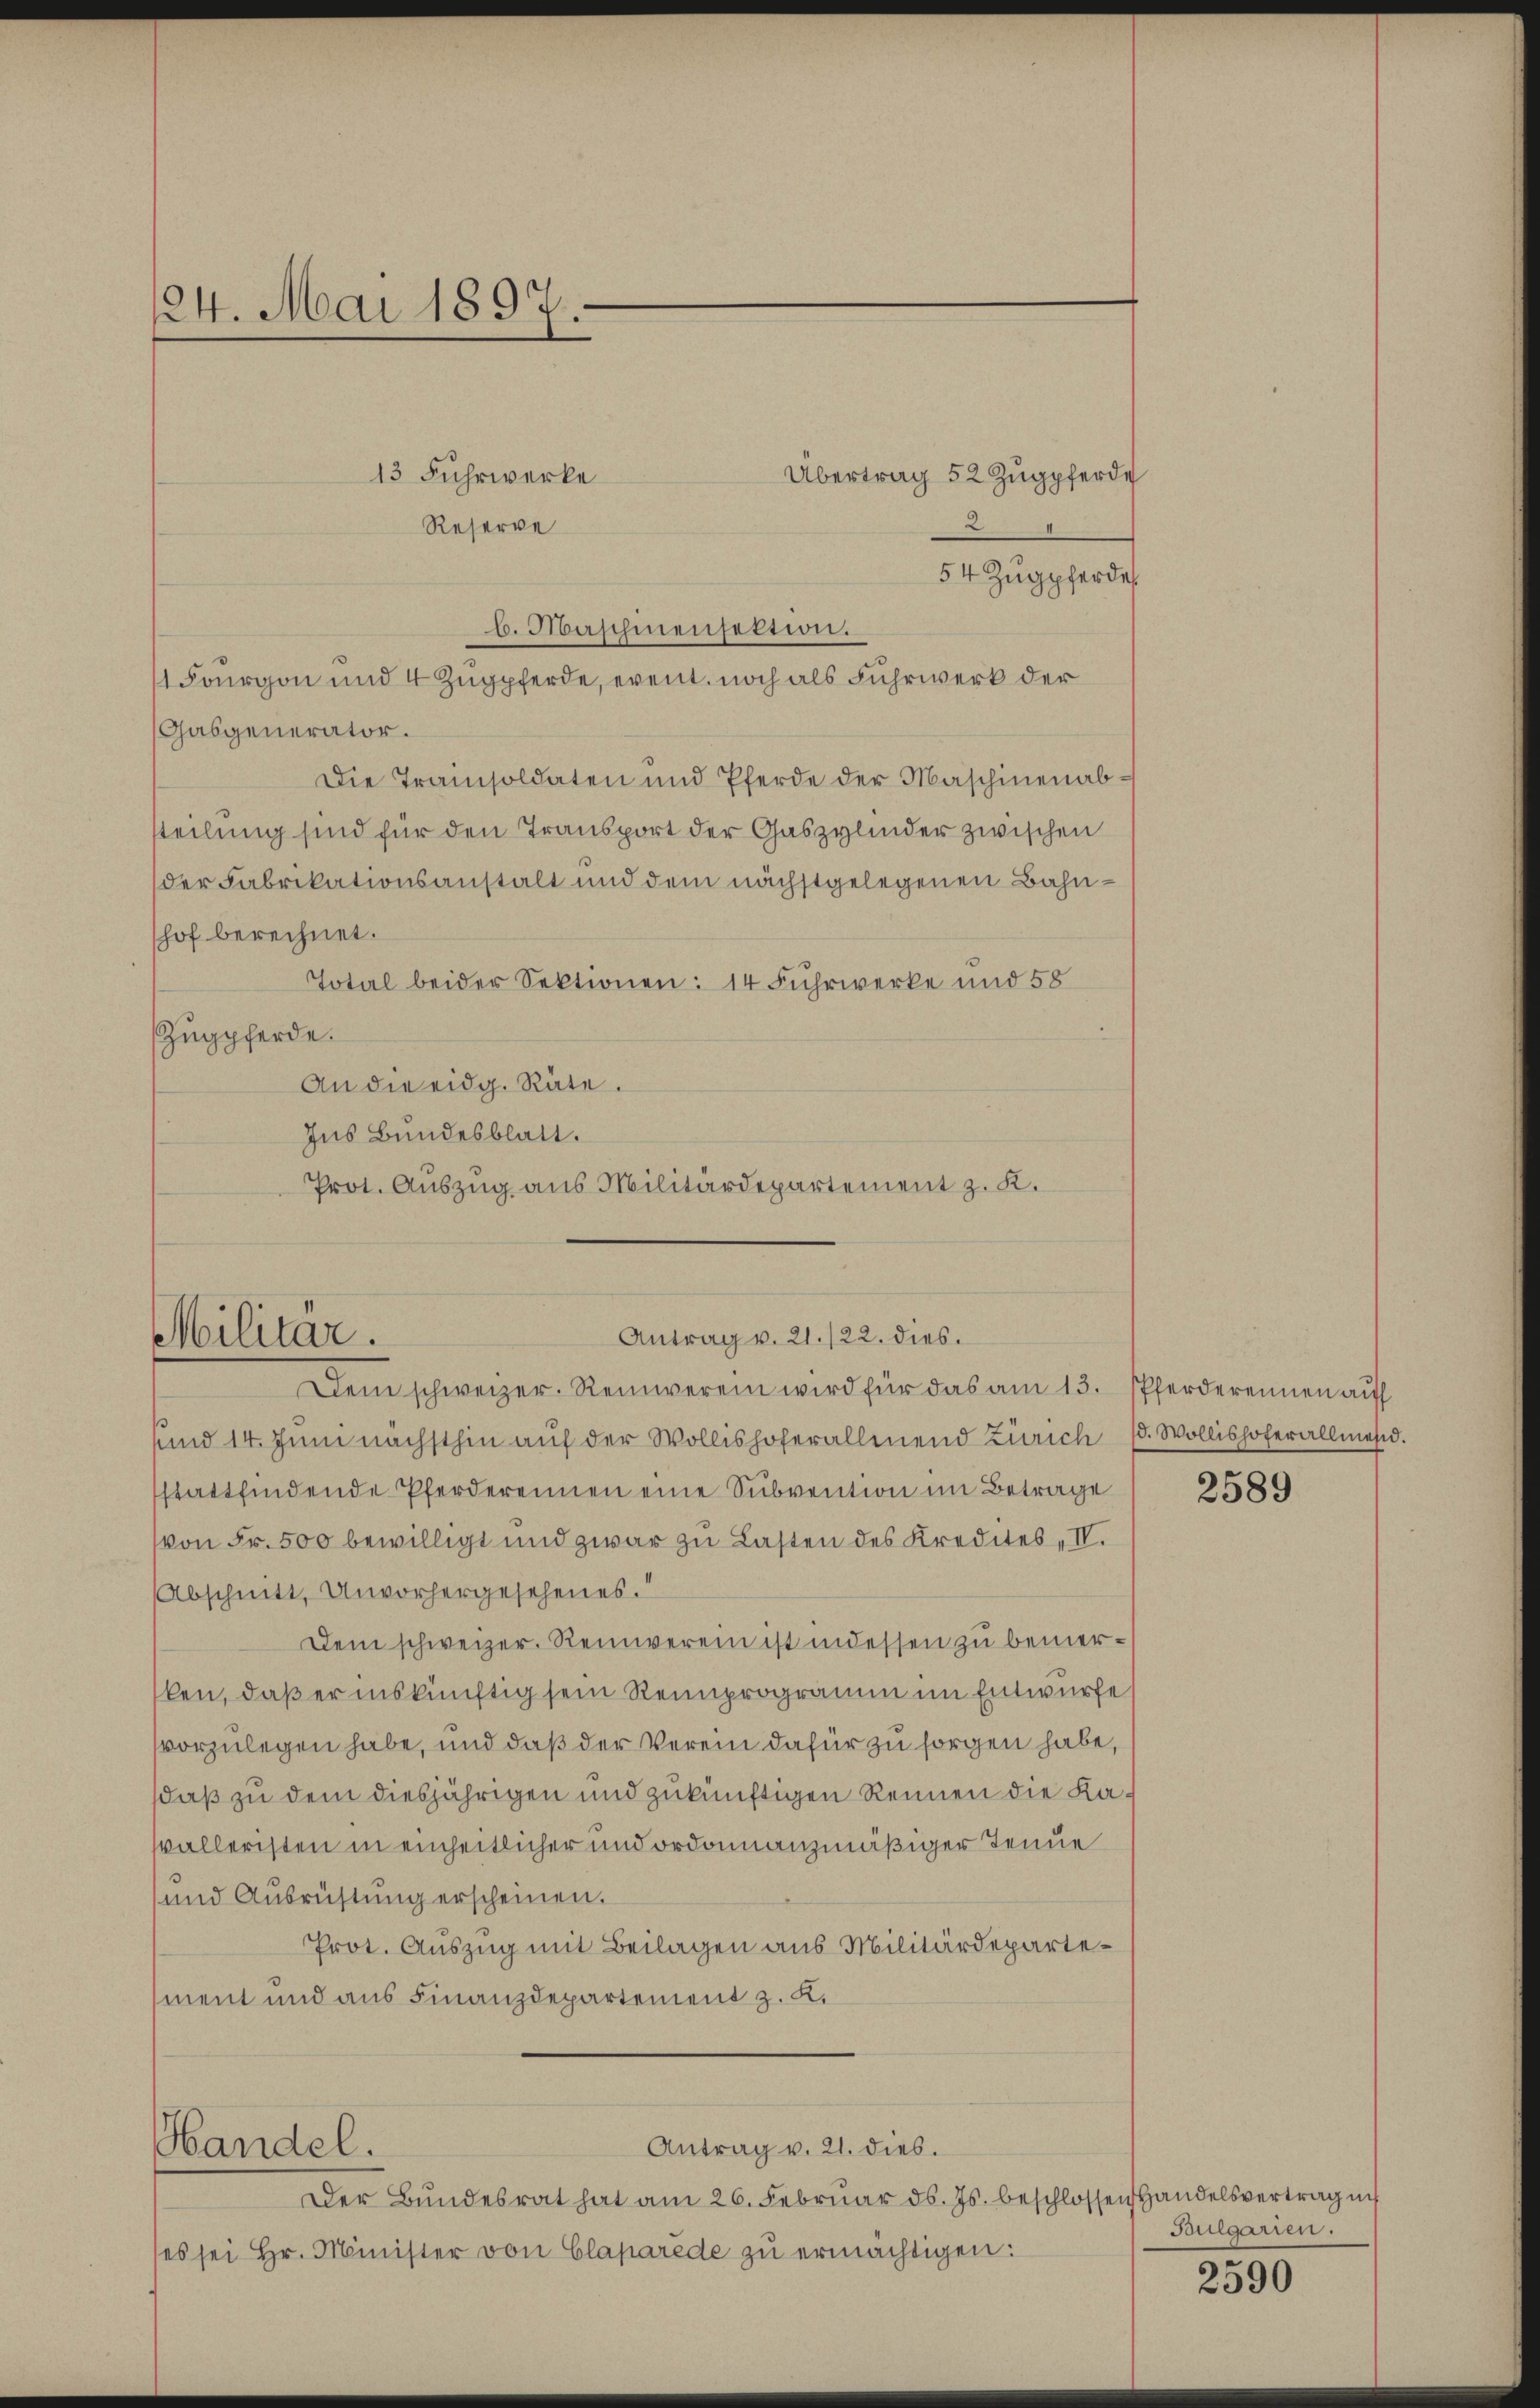
124. Mai 1897.

13 Fuhrwerke
Übertrag 52 Zugpferde
2
Reserve
54 Zugpferde
b. Maschinensektion.
1 Fourgon und 4 Zugpferde, event. noch als Fuhrwerk der
Gabgenerator.
Die Tramisoldaten und Pferde der Maschinenabsteilung sind für den Transport der Gaszylinder zwischen
der Fabrikationsanstalt und dem nächstgelegenen Bahnshof berechnet.
Total beider Sektionen: 14 Fuhrwerke und 58
Zugpferde.
An die eidg. Räte.
Ins Bundesblatt.
Prot. Auszug aus Militärdepartement z. K.

Militär.

und 14. Juni nächsthin aŭf der Wollishofer allmend Zürich (d. Wollishofer allmesid.
stattfindende Pferdereinen eine Subvention im Betrage
von Fr. 500 bewilligt und zwar zu Lasten des Kredites IV.
Abschnitt, Unvorhergesehenes.
Dem schweizer. Reinverein ist indessen zu bemerlen, daß er inskünftig sein Reinprogramm im Entwurfe
vorzulegen habe, und daß der Verein dafür zu sorgen habe,
sdaß zu dem diesjährigen und zukünftigen Rennen die Kawalleristen in einheitlicher und ordonnanzmäßiger Tende
und Ausrüstung erscheinen.
Prot. Auszug mit Beilagen aus Militärdepartement und aus Finanzdepartement z. K.
Antrag v. 21. dies.
Handel.
Der Bundesrat hat am 26. Februar d. Js. beschlossen Handelsvertrag in
(es sei Hr. Minister von Claparede zu ermächtigen:

Antrag v. 21./22. dies
Dem schweizer. Reinverein wird für das am 13. Pferderennen aŭf

2589

Peulgarien.

2590